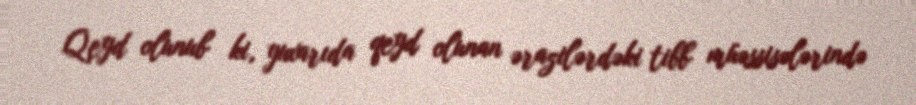
Qeyd olunub ki, yuxarıda qeyd olunan ərazilərdəki tibb müəssisələrində